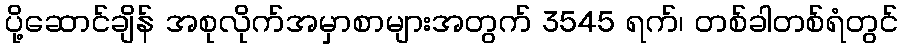
ပို့ဆောင်ချိန် အစုလိုက်အမှာစာများအတွက် 3545 ရက်၊ တစ်ခါတစ်ရံတွင်